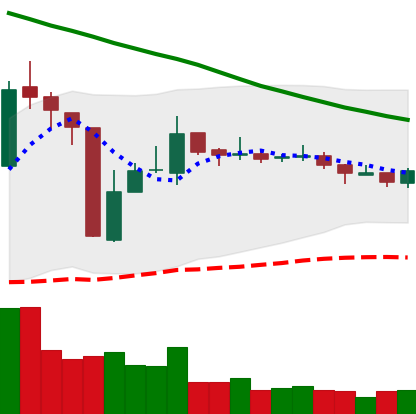
Ticker: TRX-USD
Chart end date: 2018-10-26
Forward return: -5.91%
Label: down_5_7